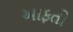
આફતો